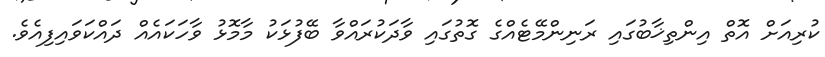
ކުރިއަށް އޮތް އިންތިޚާބުގައި ރަނިންމޭޓެއްގެ ގޮތުގައި ވާދަކުރައްވާ ބޭފުޅަކު މާމޮޅު ވާހަކައެއް ދައްކަވައިފިއެވެ.